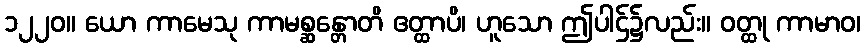
၁၂၂၀။ ယော ကာမေသု ကာမစ္ဆန္တောတိ ဧတ္ထာပိ၊ ဟူသော ဤပါဌ်၌လည်း။ ဝတ္ထု ကာမာဝ၊